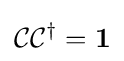
{\mathcal {C}}{\mathcal {C}}^{\dagger }=\mathbf {1}